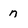
Character: n